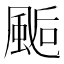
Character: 𩗇